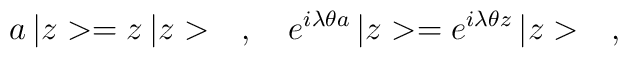
a\,|z>=z\,|z>\ \ \ ,\ \ \ e^{i\lambda\theta a}\,|z>=e^{i\lambda\theta z}\,|z>\ \ \ ,